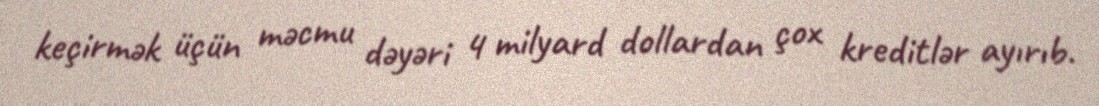
keçirmək üçün məcmu dəyəri 4 milyard dollardan çox kreditlər ayırıb.